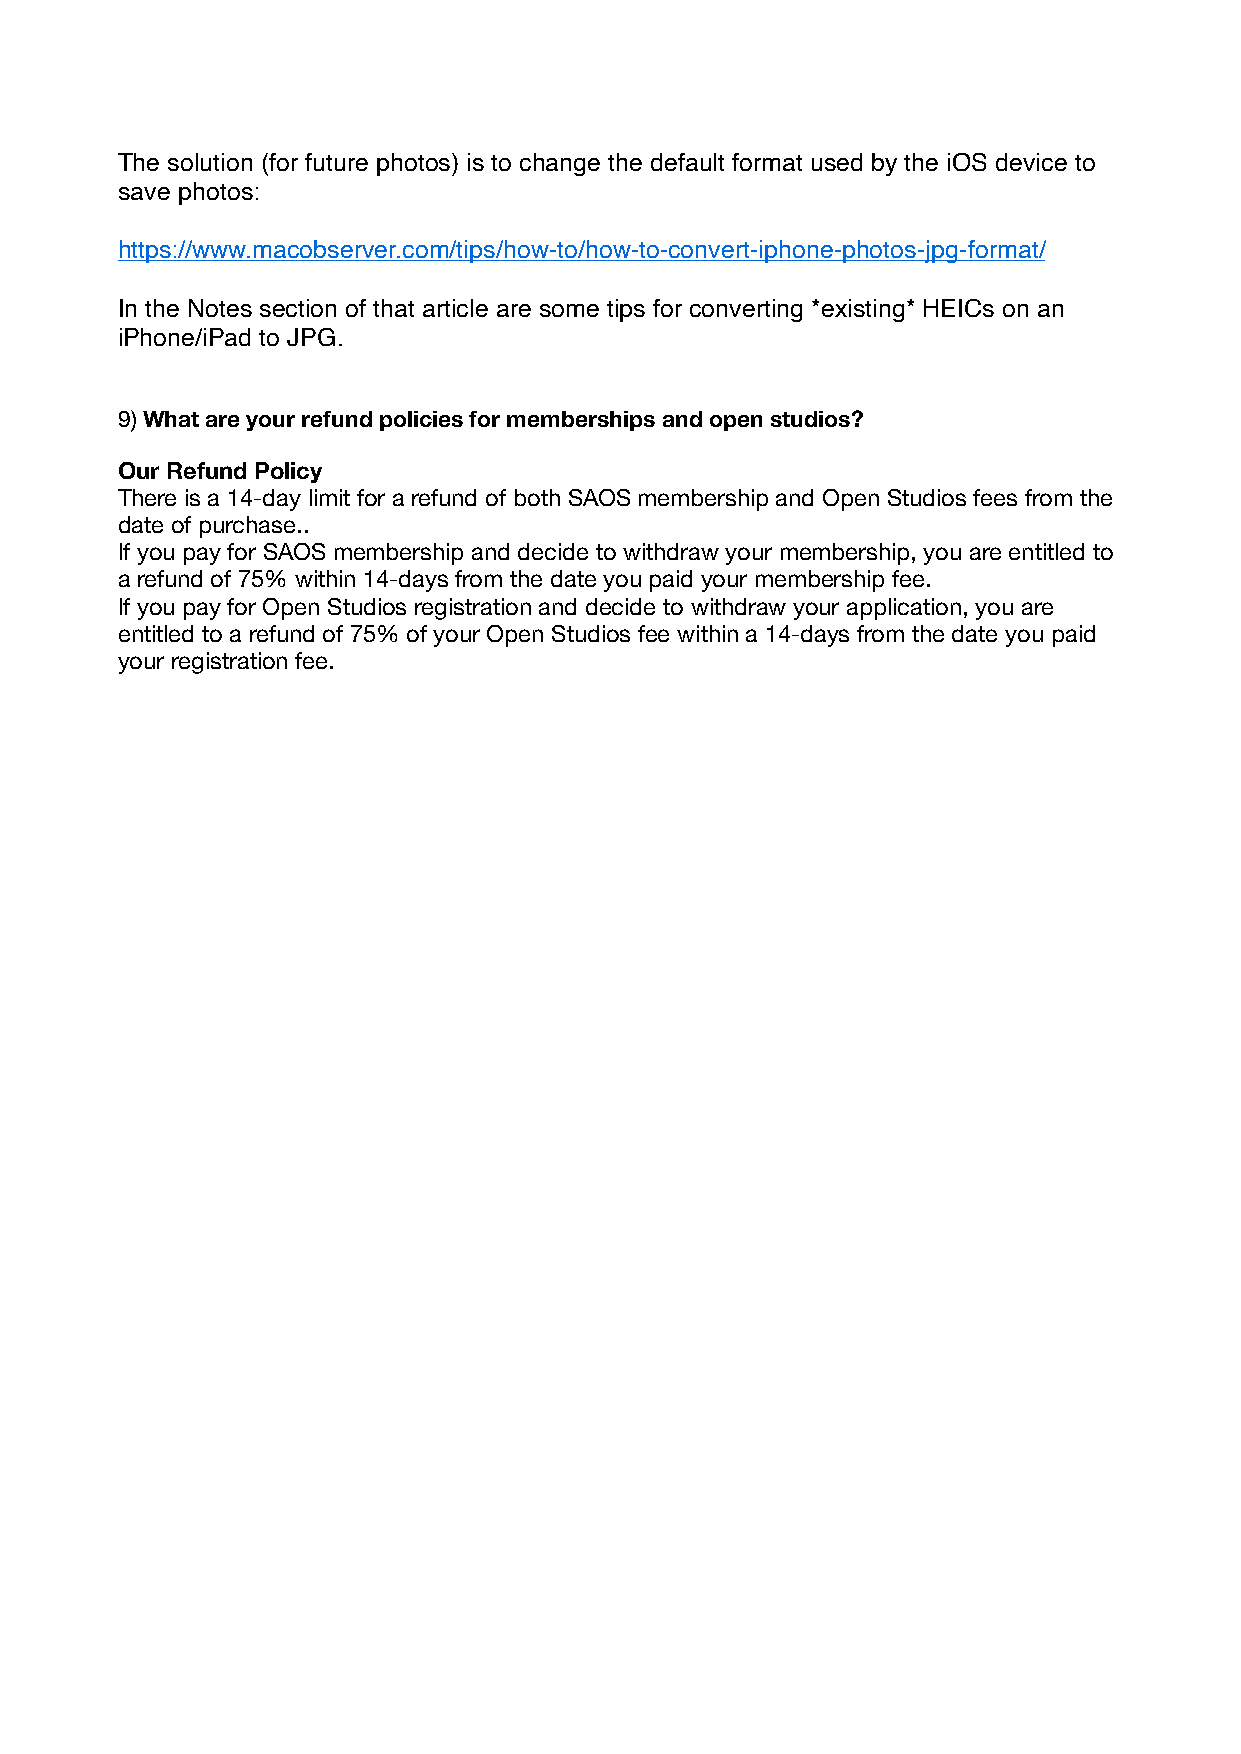
The solution (for future photos) is to change the default format used by the iOS device to
 save photos:
 https://www.macobserver.com/tips/how-to/how-to-convert-iphone-photos-jpg-format/
 In the Notes section of that article are some tips for converting *existing* HEICs on an
 iPhone/iPad to JPG.
 9) What are your refund policies for memberships and open studios?
 Our Refund Policy
 There is a 14-day limit for a refund of both SAOS membership and Open Studios fees from the
 date of purchase..
 If you pay for SAOS membership and decide to withdraw your membership, you are entitled to
 a refund of 75% within 14-days from the date you paid your membership fee.
 If you pay for Open Studios registration and decide to withdraw your application, you are
 entitled to a refund of 75% of your Open Studios fee within a 14-days from the date you paid
 your registration fee.